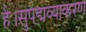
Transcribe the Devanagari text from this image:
है।सुपद्मव्याकरण